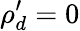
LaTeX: \rho_{d}^{\prime}=0